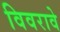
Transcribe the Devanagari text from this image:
विवरावे